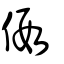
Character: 假